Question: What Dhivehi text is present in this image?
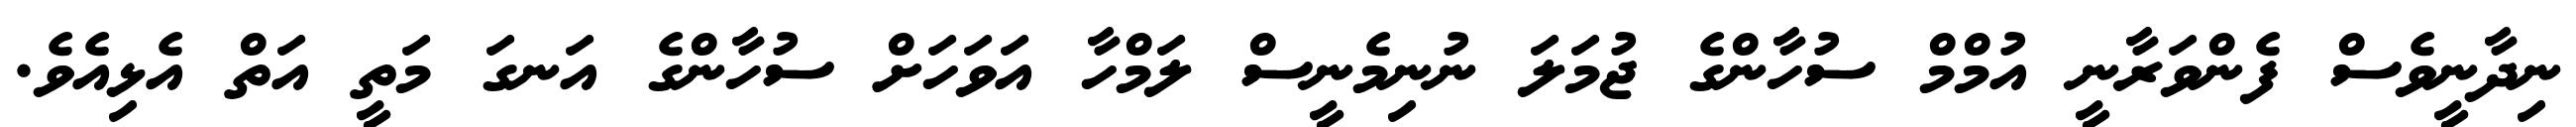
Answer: ނިދާނީވެސް ފެންވަރާނީ އުމްމް ސުހާންގެ ޖުމަލަ ނުނިމެނީސް ލަމްހާ އަވަހަށް ސުހާންގެ އަނގަ މަތީ އަތް އެޅިއެވެ.